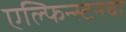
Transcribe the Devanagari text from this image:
एल्फिन्स्टनचा